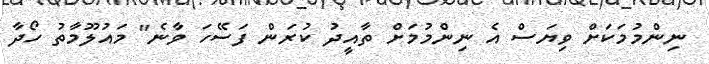
ނިންމުމަކަށް ވިޔަސް އެ ނިންމުމަށް ތާއީދު ކުރަން ފަސޭހަ ވާނެ" މައުލޫމާތު ހޯދާ